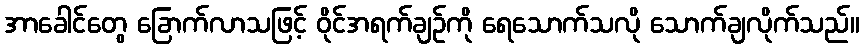
အာခေါင်တွေ ခြောက်လာသဖြင့် ဝိုင်အရက်ချဉ်ကို ရေသောက်သလို သောက်ချလိုက်သည်။